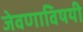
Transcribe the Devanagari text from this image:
जेवणाविषयी